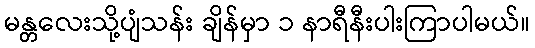
မန္တလေးသို့ပျံသန်း ချိန်မှာ ၁ နာရီနီးပါးကြာပါမယ်။